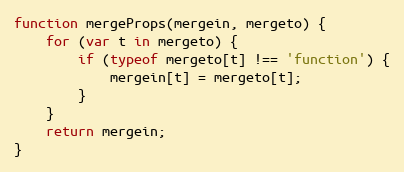
Language: JavaScript
function mergeProps(mergein, mergeto) {
    for (var t in mergeto) {
        if (typeof mergeto[t] !== 'function') {
            mergein[t] = mergeto[t];
        }
    }
    return mergein;
}